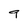
Character: 9